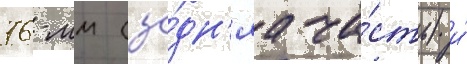
76-мм (за́дн'яа ча́сть) и́